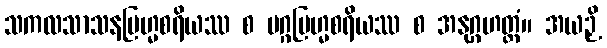
သကလသာသနဗြဟ္မစရိယဿ စ မဂ္ဂဗြဟ္မစရိယဿ စ အနုဂ္ဂဟတ္ထံ။ အယဉှိ